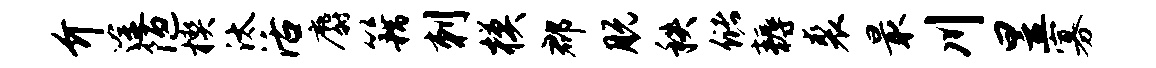
介途陋楔汰活麝籍刺模郡脱秩储耨裘最川昱寡